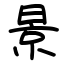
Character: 景